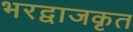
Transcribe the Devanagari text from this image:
भरद्वाजकृत